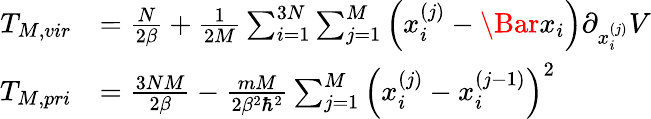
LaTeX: \begin{array}{rl}{T_{M,vir}}&{=\frac{N}{2\beta}+\frac{1}{2M}\sum_{i=1}^{3N}\sum_{j=1}^{M}\left(x_{i}^{(j)}-\Bar{x}_{i}\right)\partial_{x_{i}^{(j)}}V}\\ {T_{M,pri}}&{=\frac{3NM}{2\beta}-\frac{mM}{2\beta^{2}\hbar^{2}}\sum_{j=1}^{M}\left(x_{i}^{(j)}-x_{i}^{(j-1)}\right)^{2}}\end{array}